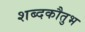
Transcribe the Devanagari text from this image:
शब्दकौतुभ